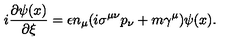
i \frac { \partial \psi ( x ) } { \partial \xi } = \epsilon n _ { \mu } ( i \sigma ^ { \mu \nu } p _ { \nu } + m \gamma ^ { \mu } ) \psi ( x ) .